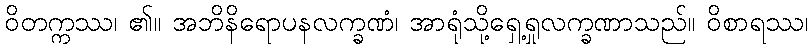
ဝိတက္ကဿ၊ ၏။ အဘိနိရောပနလက္ခဏံ၊ အာရုံသို့ရှေ့ရှုလက္ခဏာသည်။ ဝိစာရဿ၊